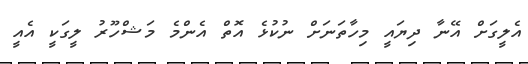
އެލީގަށް އޭނާ ދިޔައީ މިހާތަނަށް ނުކުޅެ އޮތް އެންމެ މަޝްހޫރު ލީގަކީ އެއީ